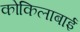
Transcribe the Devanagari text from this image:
कोकिलाबाई